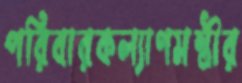
পরিবারকল্যাণমন্ত্রীর